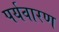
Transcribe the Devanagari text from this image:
पर्यवारण